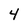
Character: 4